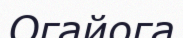
Огайога